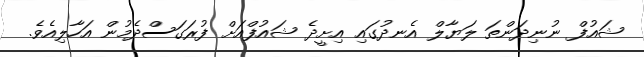
ޝައުފް ނުނިދަންތަ ލަޔާލް އެނދުގައި އިށީދެ ޝައުފްއަށް ފުރަގަސްދެމުން އަހާލިއެވެ.